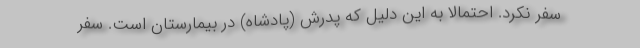
سفر نکرد. احتمالا به این دلیل که پدرش (پادشاه) در بیمارستان است. سفر